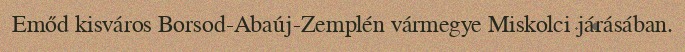
Emőd kisváros Borsod-Abaúj-Zemplén vármegye Miskolci járásában.